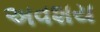
અવશય